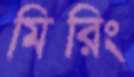
মিরিং